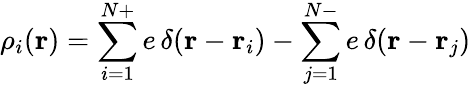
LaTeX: \rho_{i}(\mathbf{r})=\sum_{i=1}^{N+}e\, \delta(\mathbf{r}-\mathbf{r}_{i})-\sum_{j=1}^{N-}e\, \delta(\mathbf{r}-\mathbf{r}_{j})